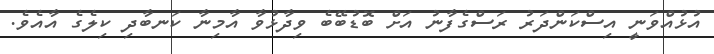
އުޅުއްވަނީ އިސްކަންދަރު ރަސްގެފާނު އަށް ބޮޑުބޭބެ ވިދާޅުވާ އާމިނާ ކަނބާދި ކިލެގެ އާއެވެ.